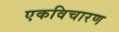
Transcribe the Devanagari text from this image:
एकविचारण